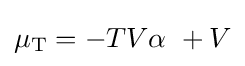
\mu _{\mathrm {T} }=-TV\alpha \ +V